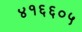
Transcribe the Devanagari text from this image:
४१६६०५